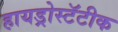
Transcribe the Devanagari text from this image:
हायड्रोस्टॅटीक